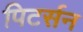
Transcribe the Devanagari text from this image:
पिटर्सन